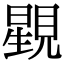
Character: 𧡶